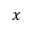
x